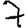
Digit: 7